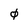
Character: 0